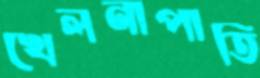
খেলনাপাতি